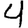
Digit: 4